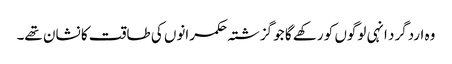
وہ اردگرد انہی لوگوں کو رکھے گا جو گزشتہ حکمرانوں کی طاقت کا نشان تھے۔